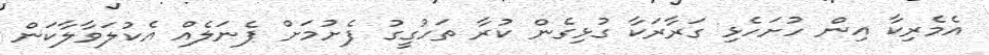
އެމެރިކާ އިން ހުށަހެޅި ގަރާރަކާ ގުޅިގެން ކުރާ ތަހުގީގު ފެށުމަށް ޕެނަލެއް އެކުލަވާލާކަން